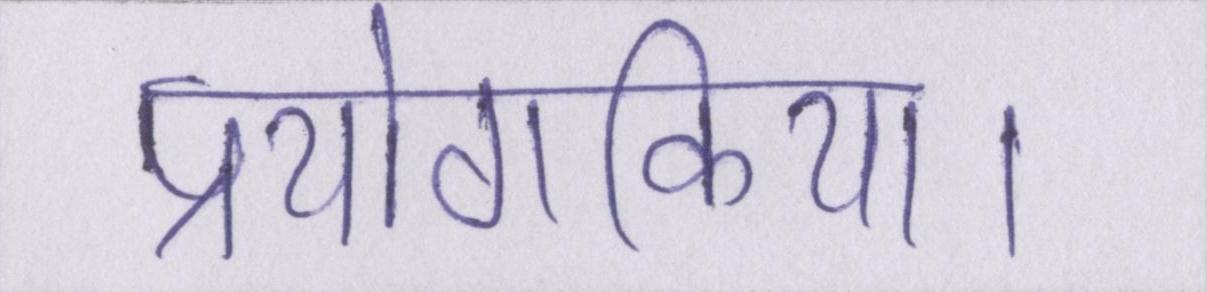
प्रयोगकिया।